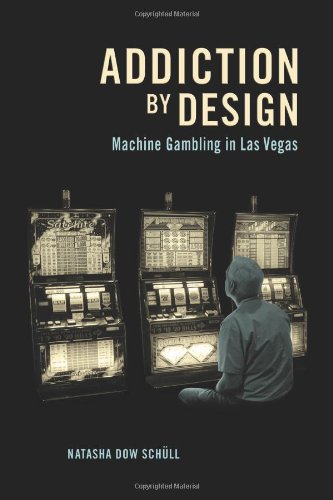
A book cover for Addiction by Design: Machine Gambling in Las Vegas; Natasha Dow SchÃ¼ll; Humor & Entertainment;